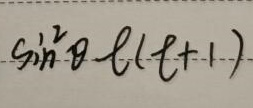
\(\sin^{2}\theta\ell(\ell + 1)\)